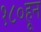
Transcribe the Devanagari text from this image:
१८०हून